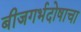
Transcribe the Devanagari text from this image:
बीजगर्भदोषाचा